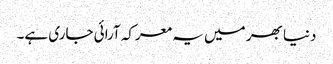
دنیا بھر میں یہ معرکہ آرائی جاری ہے۔